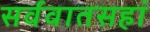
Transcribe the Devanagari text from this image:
सर्ववातसहां